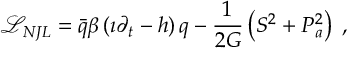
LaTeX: \mathcal { L } _ { N J L } = \bar { q } \beta \left( \i \partial _ { t } - h \right) q - { \frac { 1 } { 2 G } } \left( S ^ { 2 } + P _ { a } ^ { 2 } \right) \; ,